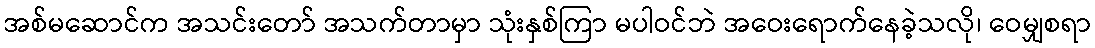
အစ်မဆောင်က အသင်းတော် အသက်တာမှာ သုံးနှစ်ကြာ မပါဝင်ဘဲ အဝေးရောက်နေခဲ့သလို၊ ဝေမျှစရာ